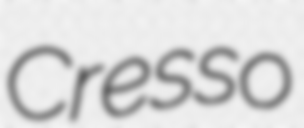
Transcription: Cresso